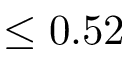
\leq 0 . 5 2